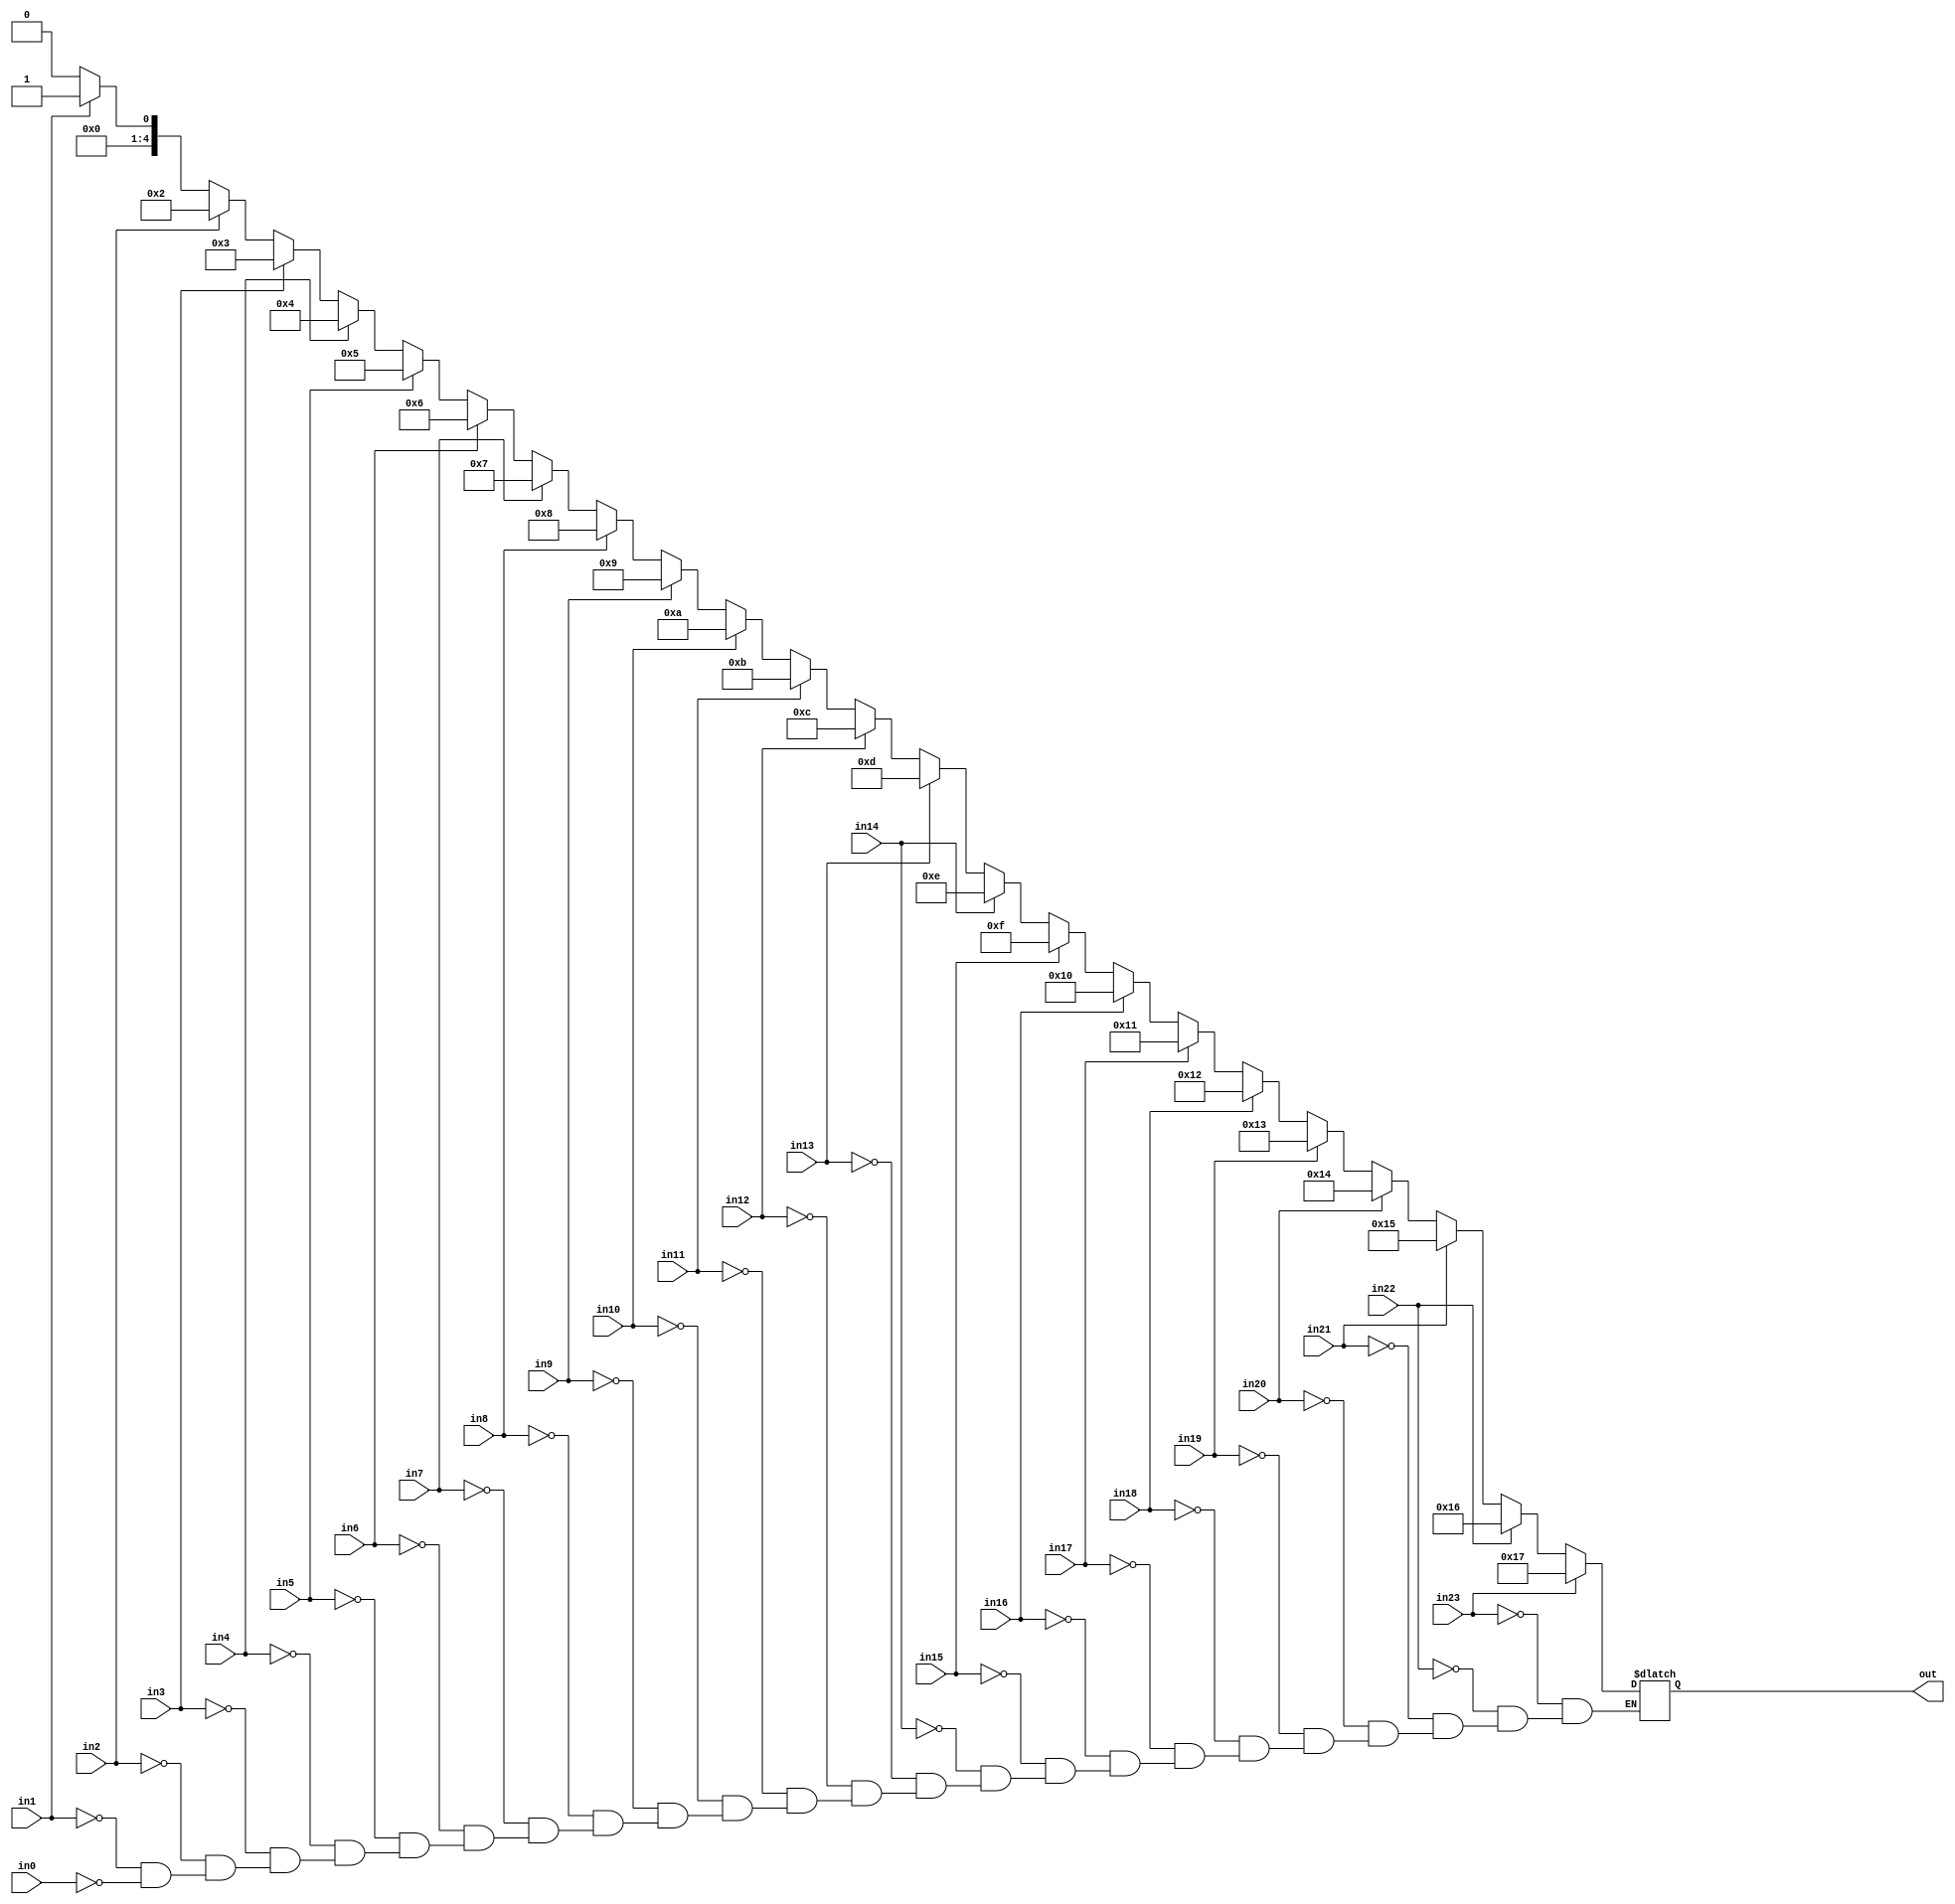
module encoder(
input in0, in1, in2, in3, in4, in5, in6, in7, in8, in9,
		in10, in11, in12, in13, in14, in15, in16, in17, in18, in19,
		in20, in21, in22, in23,
output reg [4:0] out
);

always @ (in0 or in1 or in2 or in3 or in4 or in5 or in6 or in7 or in8 or in9
			 or in10 or in11 or in12 or in13 or in14 or in15 or in16 or in17 or in18
			 or in19 or in20 or in21 or in22 or in23) begin
	if(in0) begin
		out = 0;
	end if(in1) begin
		out = 1;
	end if(in2) begin
		out = 2;
	end if(in3) begin
		out = 3;
	end if(in4) begin
		out = 4;
	end if(in5) begin
		out = 5;
	end if(in6) begin
		out = 6;
	end if(in7) begin
		out = 7;
	end if(in8) begin
		out = 8;
	end if(in9) begin
		out = 9;
	end if(in10) begin
		out = 10;
	end if(in11) begin
		out = 11;
	end if(in12) begin
		out = 12;
	end if(in13) begin
		out = 13;
	end if(in14) begin
		out = 14;
	end if(in15) begin
		out = 15;
	end if(in16) begin
		out = 16;
	end if(in17) begin
		out = 17;
	end if(in18) begin
		out = 18;
	end if(in19) begin
		out = 19;
	end if(in20) begin
		out = 20;
	end if(in21) begin
		out = 21;
	end if(in22) begin
		out = 22;
	end if(in23) begin
		out = 23;
	end
end

endmodule